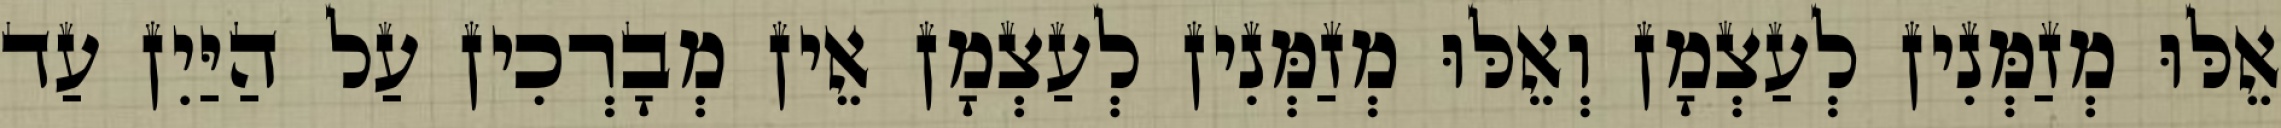
אֵלּוּ מְזַמְּנִין לְעַצְמָן וְאֵלּוּ מְזַמְּנִין לְעַצְמָן אֵין מְבָרְכִין עַל הַיַּיִן עַד